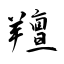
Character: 羶